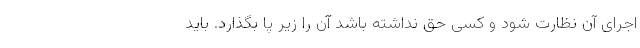
اجرای آن نظارت شود و کسی حق نداشته باشد آن را زیر پا بگذارد. باید